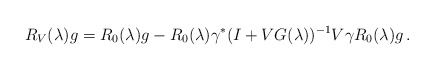
\begin{align*}R_V(\lambda)g=R_0(\lambda)g-R_0(\lambda)\gamma^*(I+VG(\lambda))^{-1}V\gamma R_0(\lambda)g\,.\end{align*}